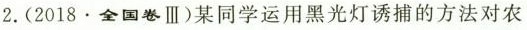
2.(2018.全国卷Ⅲ)某同学运用黑光灯诱捕的方法对农